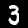
Label: 3